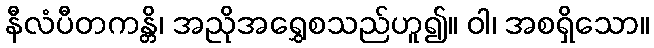
နီလံပီတကန္တိ၊ အညိုအရွှေစသည်ဟူ၍။ ဝါ၊ အစရှိသော။